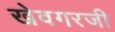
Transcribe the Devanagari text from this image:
खेवगरजी